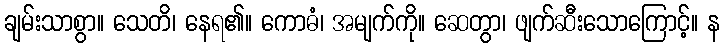
ချမ်းသာစွာ။ သေတိ၊ နေရ၏။ ကောဓံ၊ အမျက်ကို။ ဆေတွာ၊ ဖျက်ဆီးသောကြောင့်။ န